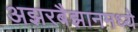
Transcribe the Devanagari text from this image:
अझरबैझानमध्ये